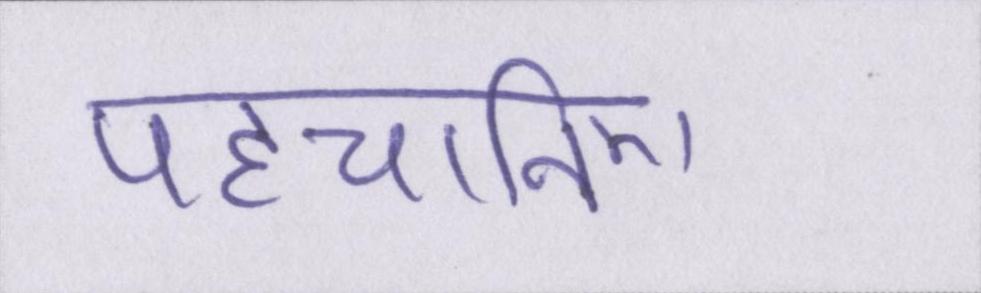
पहचानिए